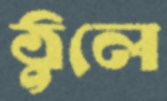
ঠুলে